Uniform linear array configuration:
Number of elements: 8
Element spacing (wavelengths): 0.75
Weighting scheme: uniform
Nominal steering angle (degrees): -45
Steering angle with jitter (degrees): -45.641
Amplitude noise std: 0.05
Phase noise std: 0.05

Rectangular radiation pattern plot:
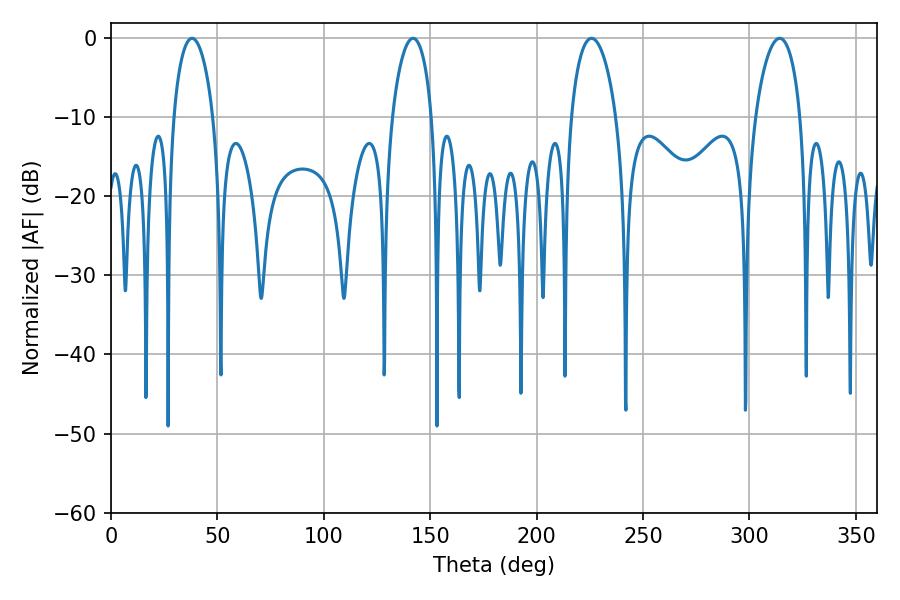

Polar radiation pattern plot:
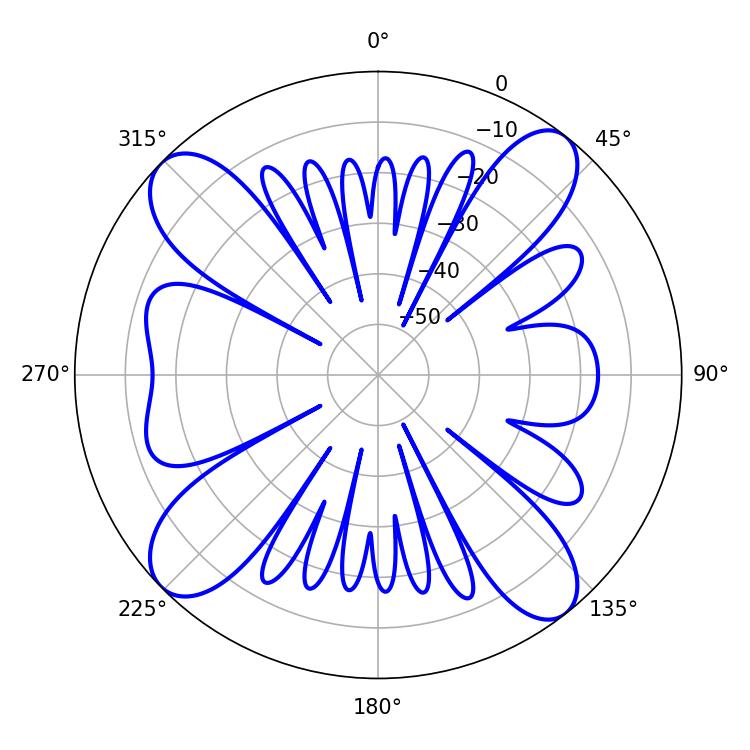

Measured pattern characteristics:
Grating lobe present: TRUE
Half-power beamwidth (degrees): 12.06
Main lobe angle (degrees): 225.72